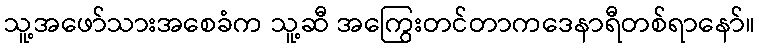
သူ့အဖော်သားအစေခံက သူ့ဆီ အကြွေးတင်တာကဒေနာရီတစ်ရာနော်။